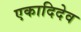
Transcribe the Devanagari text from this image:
एकादिदेव